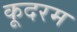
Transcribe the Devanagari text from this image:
कूदरम